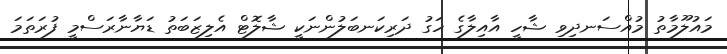
މައުލޫމާތު މުއްސަނދިވި ޝާހީ އާއިލާގެ ހަގު ދަރިކަނބަލުންނަކީ ޝާލޮޓް އެލިޒަބަތު ޑަޔާނާރަސްމީ ފުރަތަމަ